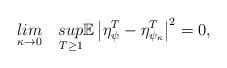
LaTeX: \begin{align*}\underset{\kappa \rightarrow 0}{lim}\quad\underset{T \geq 1}{sup}\mathbb{E}\left|\eta_\psi^T-\eta_{\psi_\kappa}^T\right|^2=0,\end{align*}